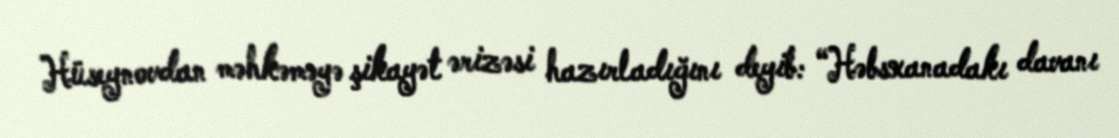
Hüseynovdan məhkəməyə şikayət ərizəsi hazırladığını deyib: “Həbsxanadakı davanı